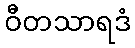
ဝီတသာရဒံ